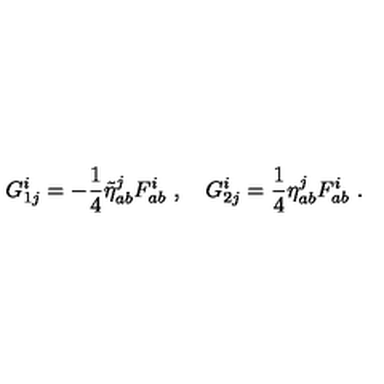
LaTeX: G _ { 1 j } ^ { i } = - \frac { 1 } { 4 } \tilde { \eta } _ { a b } ^ { j } F _ { a b } ^ { i } \ , \quad G _ { 2 j } ^ { i } = \frac { 1 } { 4 } \eta _ { a b } ^ { j } F _ { a b } ^ { i } \ .